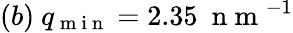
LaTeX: (b)\ q_{\mathrm{~m~i~n~}}=2.35\ \mathrm{~n~m~}^{-1}